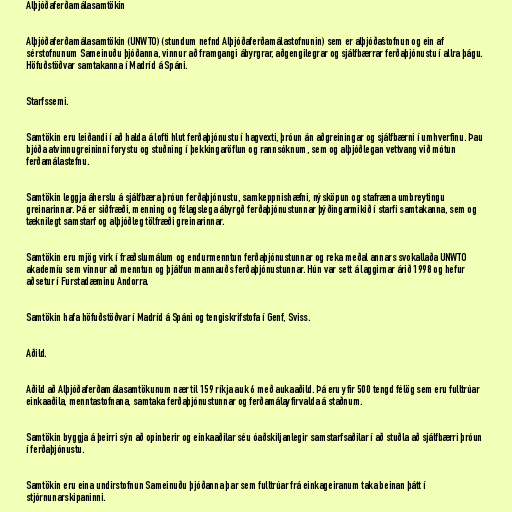
Alþjóðaferðamálasamtökin

Alþjóðaferðamálasamtökin (UNWTO) (stundum nefnd Alþjóðaferðamálastofnunin) sem er alþjóðastofnun og ein af
sérstofnunum Sameinuðu þjóðanna, vinnur að framgangi ábyrgrar, aðgengilegrar og sjálfbærrar ferðaþjónustu í allra þágu.
Höfuðstöðvar samtakanna í Madríd á Spáni.

Starfssemi.

Samtökin eru leiðandi í að halda á lofti hlut ferðaþjónustu í hagvexti, þróun án aðgreiningar og sjálfbærni í umhverfinu. Þau
bjóða atvinnugreininni forystu og stuðning í þekkingaröflun og rannsóknum, sem og alþjóðlegan vettvang við mótun
ferðamálastefnu.

Samtökin leggja áherslu á sjálfbæra þróun ferðaþjónustu, samkeppnishæfni, nýsköpun og stafræna umbreytingu
greinarinnar. Þá er siðfræði, menning og félagslega ábyrgð ferðaþjónustunnar þýðingarmikið í starfi samtakanna, sem og
tæknilegt samstarf og alþjóðleg tölfræði greinarinnar.

Samtökin eru mjög virk í fræðslumálum og endurmenntun ferðaþjónustunnar og reka meðal annars svokallaða UNWTO
akademíu sem vinnur að menntun og þjálfun mannauðs ferðaþjónustunnar. Hún var sett á laggirnar árið 1998 og hefur
aðsetur í Furstadæminu Andorra.

Samtökin hafa höfuðstöðvar í Madríd á Spáni og tengiskrifstofa í Genf, Sviss.

Aðild.

Aðild að Alþjóðaferðamálasamtökunum nær til 159 ríkja auk 6 með aukaaðild. Þá eru yfir 500 tengd félög sem eru fulltrúar
einkaaðila, menntastofnana, samtaka ferðaþjónustunnar og ferðamálayfirvalda á staðnum.

Samtökin byggja á þeirri sýn að opinberir og einkaaðilar séu óaðskiljanlegir samstarfsaðilar í að stuðla að sjálfbærri þróun
í ferðaþjónustu.

Samtökin eru eina undirstofnun Sameinuðu þjóðanna þar sem fulltrúar frá einkageiranum taka beinan þátt í
stjórnunarskipaninni.